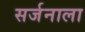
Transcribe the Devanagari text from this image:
सर्जनाला